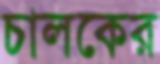
চালকের